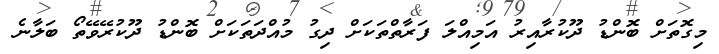
މިގޮތަށް ބޮންޑު ދޫކުރާއިރު އަމިއްލަ ފަރާތްތަކަށް ދިގު މުއްދަތަކަށް ބޮންޑު ދޫކުރޭވޭތޯ ބަލާނެ